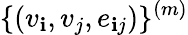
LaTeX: \{ (v_{\mathbf{i}},v_{j},e_{\mathbf{i}j})\} ^{(m)}